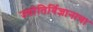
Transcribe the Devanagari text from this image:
ज्योतिर्विज्ञानाचा